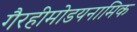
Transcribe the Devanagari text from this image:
गैरहीमोडयनामिक